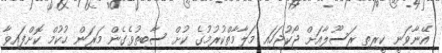
އޭނާވަނީ ކީރިތި ރަސޫލާއަށް ޖޯކުޖަހައި މަލާމާތްކުރުމުގެ ކުށް ސާބިތުވެގެން މަރަން ޙުކުމް ކޮށްފައިވާ